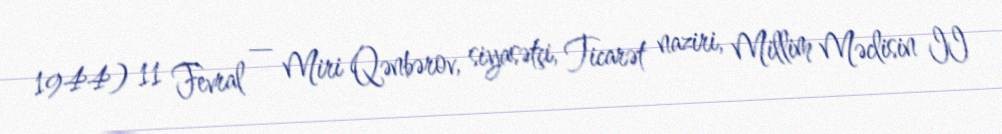
1944) 11 Fevral — Miri Qənbərov, siyasətçi, Ticarət naziri, Millim Məclisin II